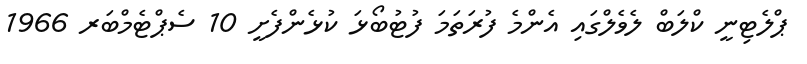
ޕްލެޓިނީ ކްލަބް ލެވެލްގައި އެންމެ ފުރަތަމަ ފުޓުބޯޅަ ކުޅެންފެށީ 10 ސެޕްޓެމްބަރ 1966